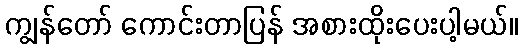
ကျွန်တော် ကောင်းတာပြန် အစားထိုးပေးပါ့မယ်။